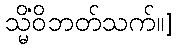
သ္မိံဝိဘတ်သက်။]